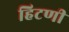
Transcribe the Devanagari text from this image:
हिटणी